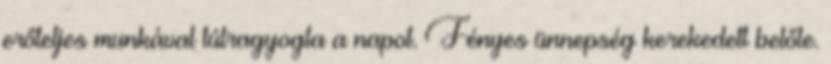
erőteljes munkával túlragyogta a napot. Fényes ünnepség kerekedett belőle.